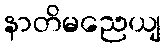
နာတိမညေယျ